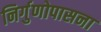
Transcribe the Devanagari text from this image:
निर्गुणोपासना